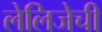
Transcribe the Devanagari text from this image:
लेलिजेची